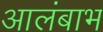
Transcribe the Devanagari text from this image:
आलंबाभ